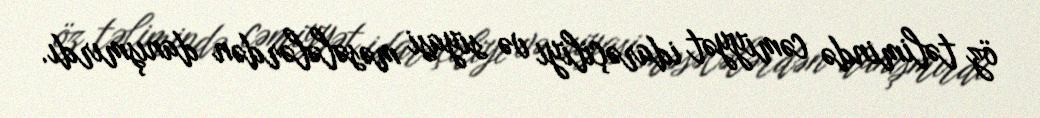
öz təlimində cəmiyyət idarəçiliyi və siyasi məsələlərdən danışmırdı.